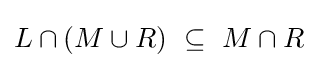
L\cap (M\cup R)~\subseteq ~M\cap R